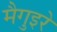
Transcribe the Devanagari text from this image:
मैगुइरे